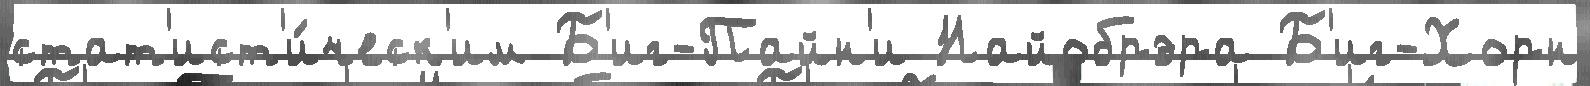
стат'ист'и́ческ'им Б'иг-Пайн'и Найобрэра Б'иг-Хорн